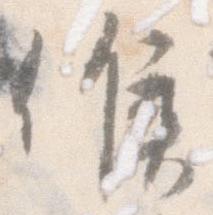
候